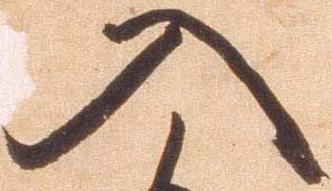
入